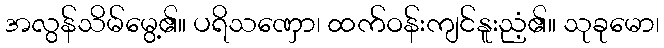
အလွန်သိမ်မွေ့၏။ ပရိသဏှော၊ ထက်ဝန်းကျင်နူးညံ့၏။ သုခုမော၊